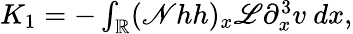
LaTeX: \begin{array}{r}{K_{1}=-\int_{\mathbb R}(\mathscr{N}hh)_{x}\mathscr{L}\partial_{x}^{3}v\ dx,}\end{array}